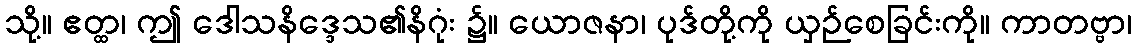
သို့။ ဧတ္ထ၊ ဤ ဒေါသနိဒ္ဒေသ၏နိဂုံး ၌။ ယောဇနာ၊ ပုဒ်တို့ကို ယှဉ်စေခြင်းကို။ ကာတဗ္ဗာ၊